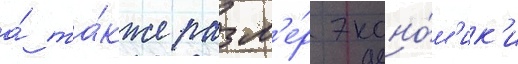
а́ та́кже разм'е́р эконо́м'ик'и